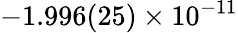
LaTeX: -1.996(25)\times 10^{-11}